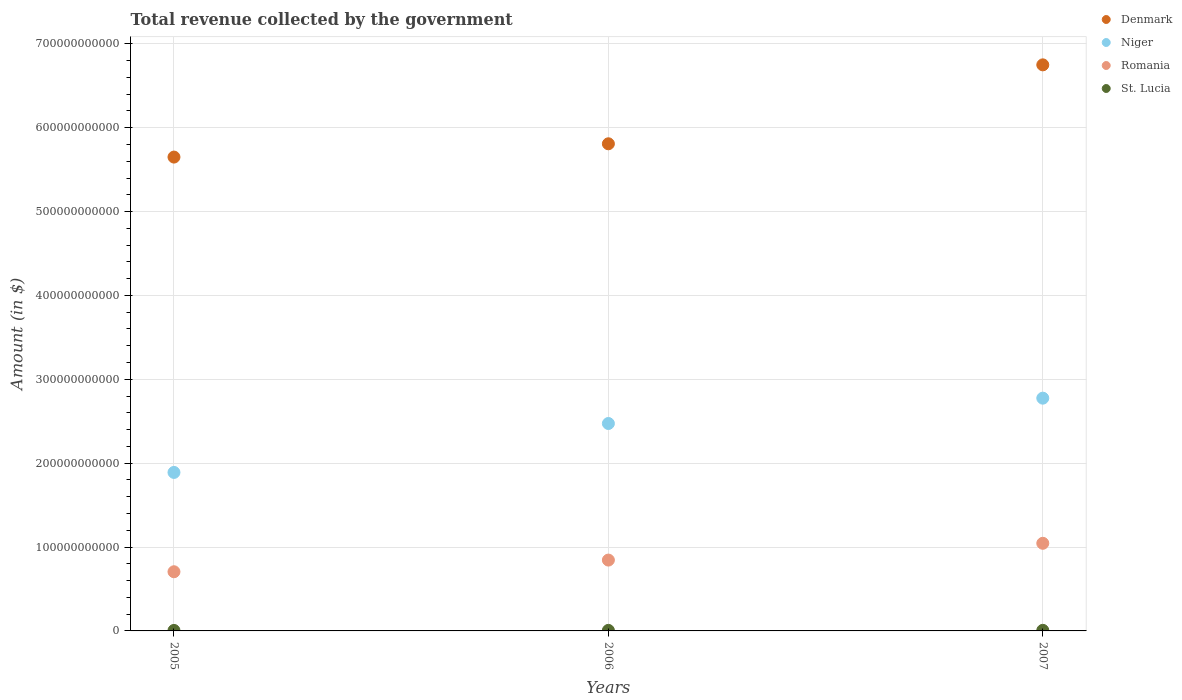
| Years | Denmark | Niger | Romania | St. Lucia |
 | --- | --- | --- | --- | --- |
 | 2005 | 5.65e+11 | 1.89e+11 | 7.06e+10 | 5.77e+08 |
 | 2006 | 5.81e+11 | 2.47e+11 | 8.45e+10 | 6.48e+08 |
 | 2007 | 6.75e+11 | 2.78e+11 | 1.04e+11 | 7.03e+08 |